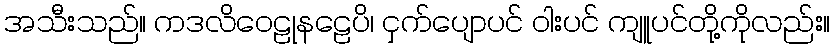
အသီးသည်။ ကဒလိဝေဠုနဠေပိ၊ ငှက်ပျောပင် ဝါးပင် ကျူပင်တို့ကိုလည်း။